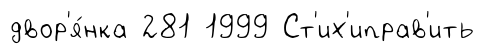
двор'я́нка 281 1999 Ст'их'иправ'ить